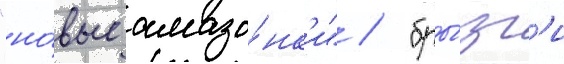
"но́вые амазо́нк'и" / "бры́зг'и